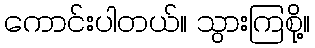
ကောင်းပါတယ်။ သွားကြစို့။